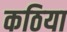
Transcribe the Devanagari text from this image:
कठिया